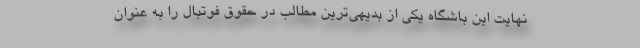
نهایت این باشگاه یکی از بدیهی‌ترین مطالب در حقوق فوتبال را به عنوان